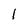
Character: 1